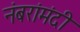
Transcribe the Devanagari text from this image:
नंबरांमंदी